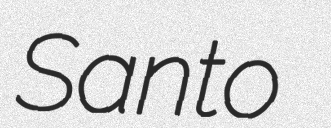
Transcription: Santo